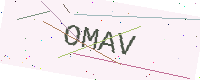
Text: OMAV